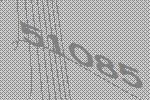
51085